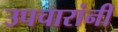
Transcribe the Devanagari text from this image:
उपचारांनीं